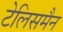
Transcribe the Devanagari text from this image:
टेलिसमैन